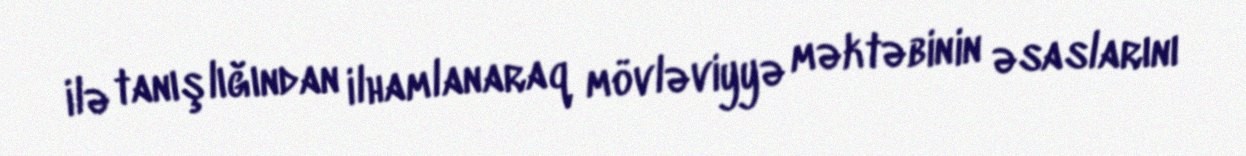
ilə tanışlığından ilhamlanaraq mövləviyyə məktəbinin əsaslarını